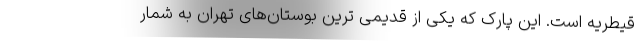
قیطریه است. این پارک که یکی از قدیمی ترین بوستان­های تهران به شمار